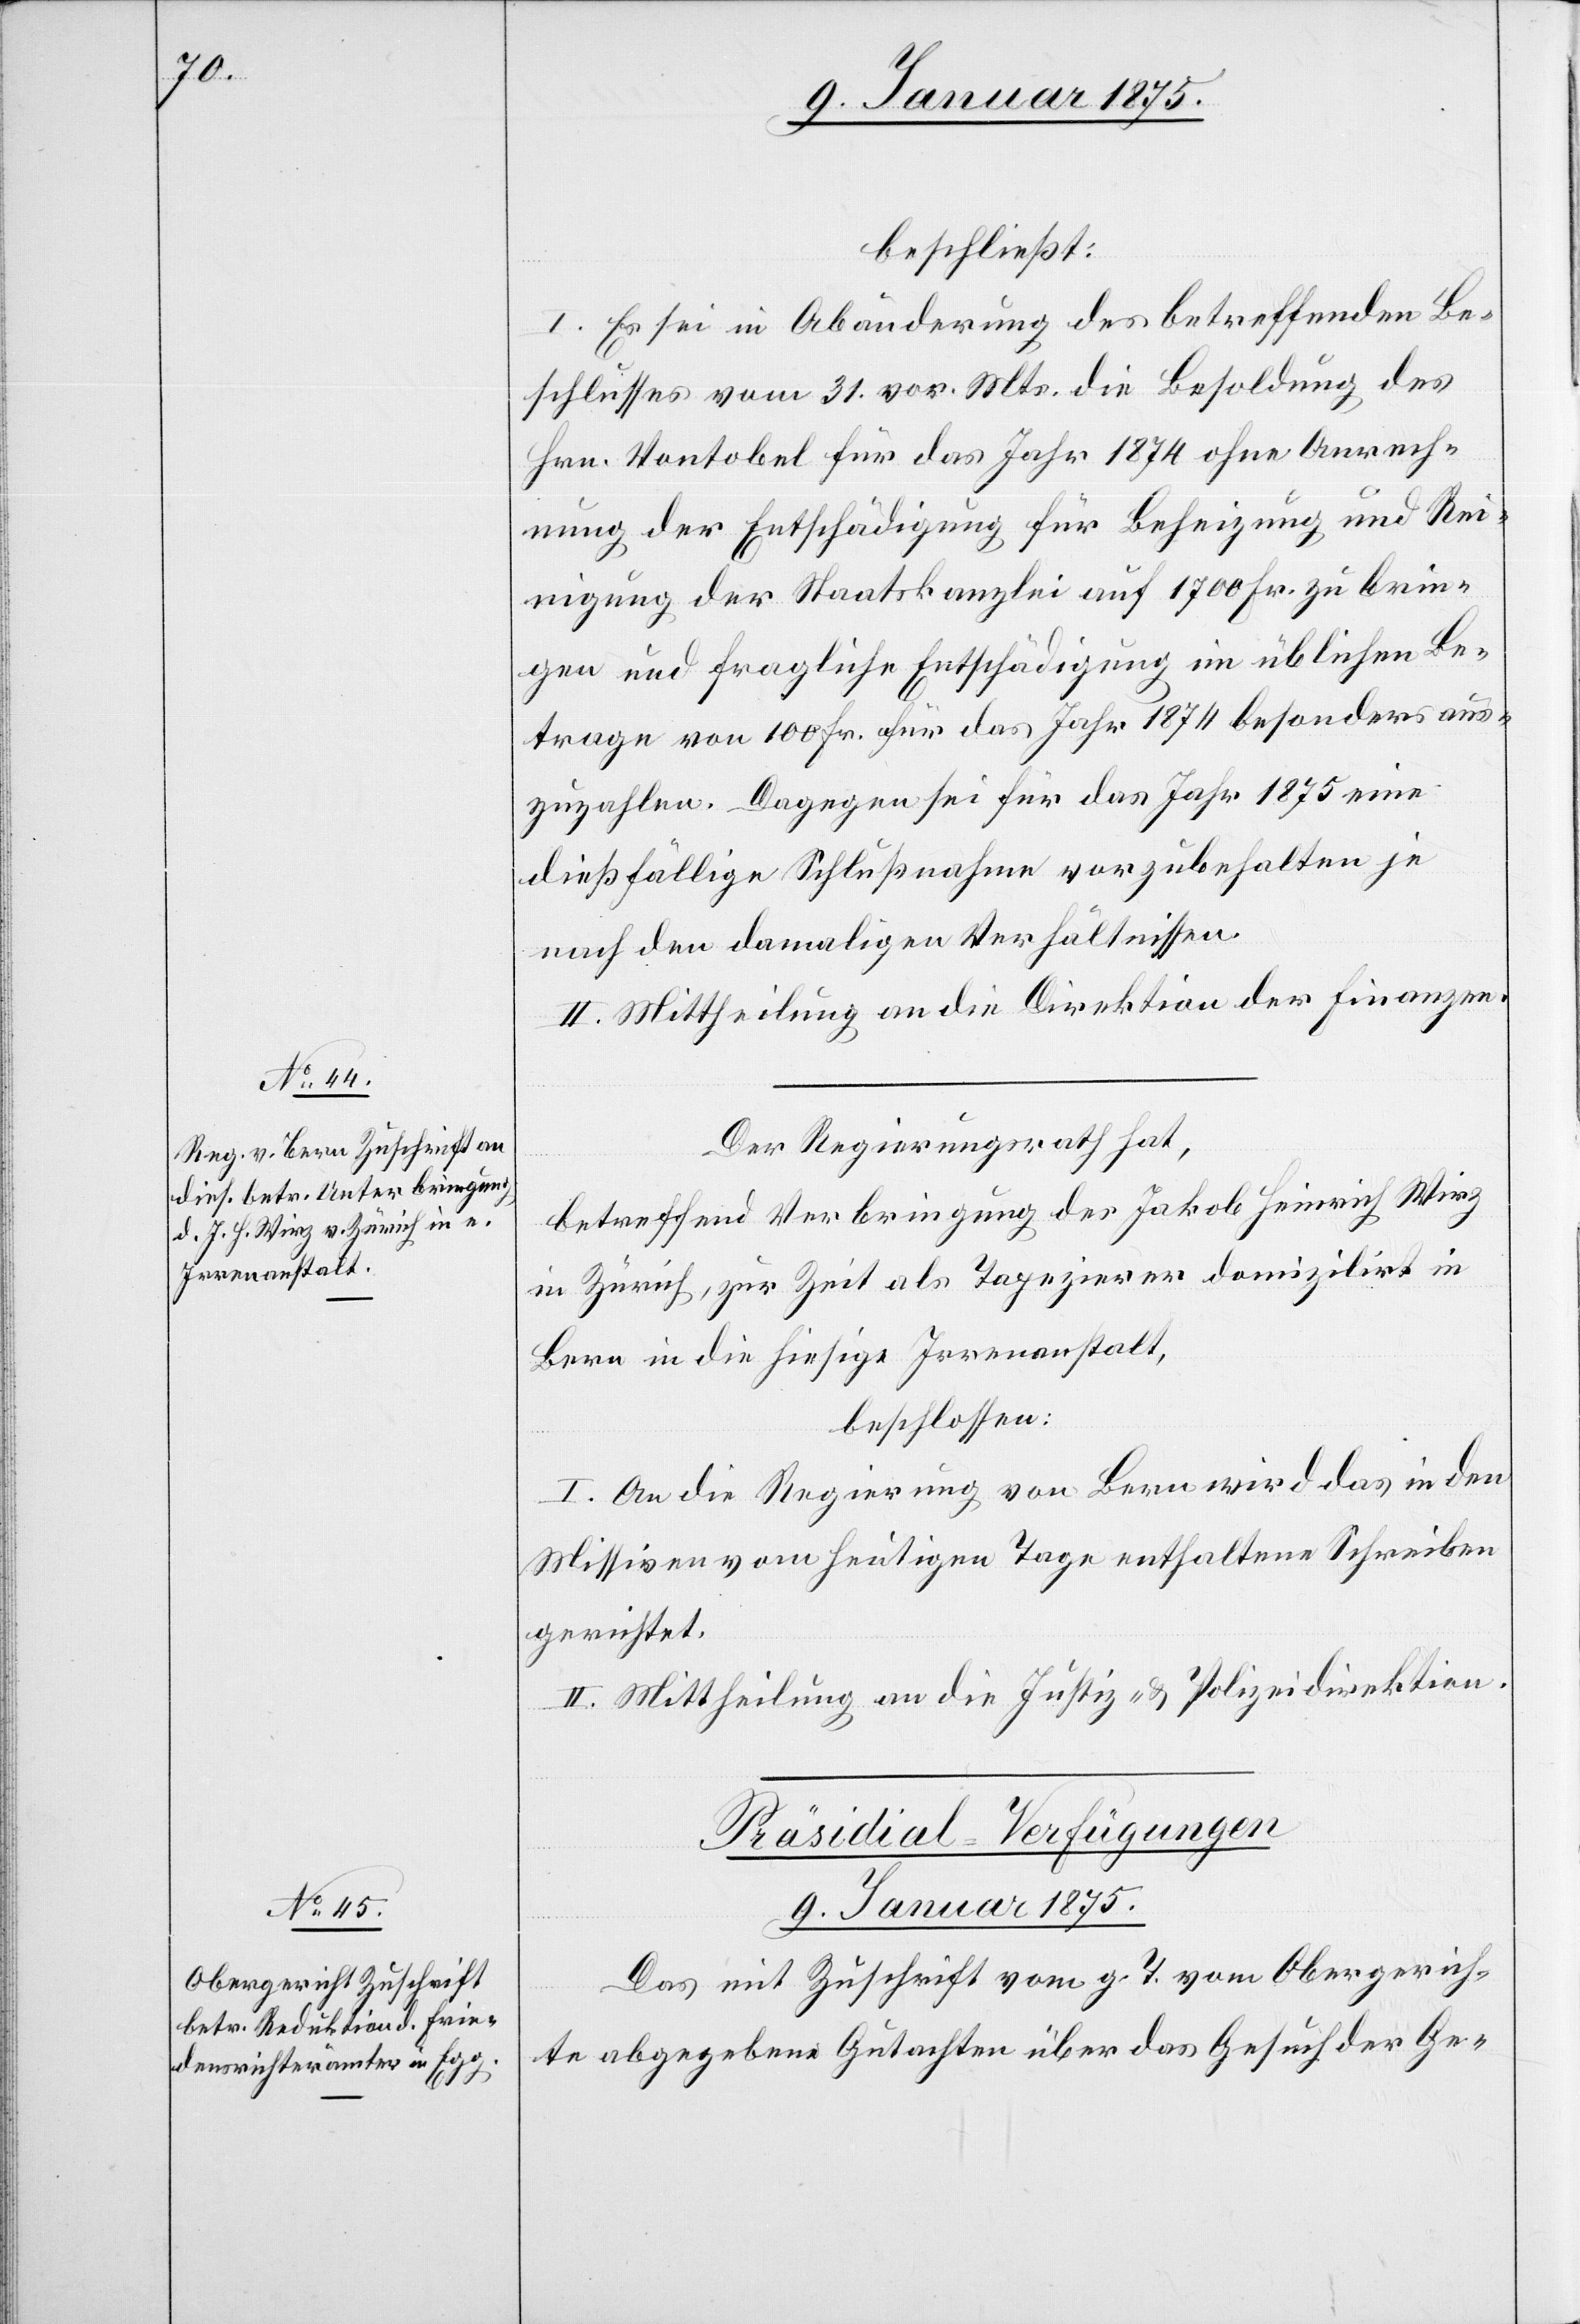
beschließt:
I. Es sei in Abänderung des betreffenden Be¬
schlusses vom 31. vor. Mts. die Besoldung des
Hrn. Vontobel für das Jahr 1874 ohne Anrech¬
nung der Entschädigung für Beheizung und Rei¬
nigung der Staatskanzlei auf 1700 Fr. zu brin¬
gen und fragliche Entschädigung im üblichen Be¬
trage von 100 Fr. für das Jahr 1874 besonders aus¬
zubezahlen. Dagegen sei für das Jahr 1875 eine
dießfällige Schlußnahme vorzubehalten je
nach den damaligen Verhältnissen.
II. Mittheilung an die Direktion der Finanzen.
Der Regierungsrath hat,
betreffend Verbringung des Jakob Heinrich Wirz
in Zürich, zur Zeit als Tapezierer domizilirt in
Bern in die hiesige Irrenanstalt,
beschlossen:
I. An die Regierung von Bern wird das in den
Missiven vom heutigen Tage enthaltene Schreiben
gerichtet.
II. Mittheilung an die Justiz- & Polizeidirektion.
Präsidial-Verfügungen
9. Januar 1875.
Das mit Zuschrift vom g. T. vom Obergerich¬
te abgegebene Gutachten über das Gesuch der Ge-